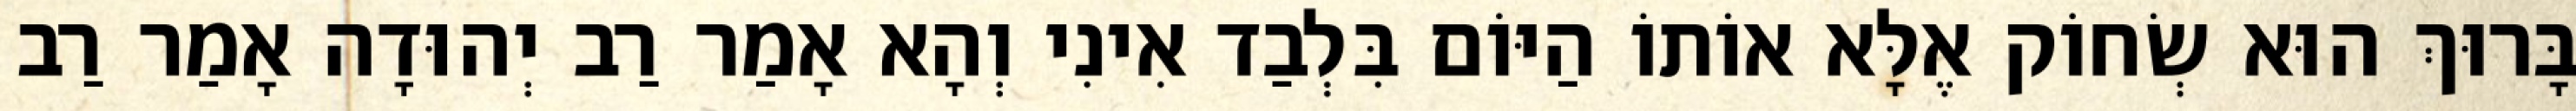
בָּרוּךְ הוּא שְׂחוֹק אֶלָּא אוֹתוֹ הַיּוֹם בִּלְבַד אִינִי וְהָא אָמַר רַב יְהוּדָה אָמַר רַב